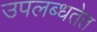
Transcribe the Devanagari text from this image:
उपलब्धतेत